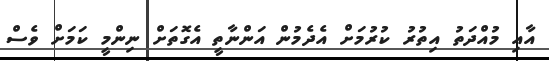
އާއި މުއްދަތު އިތުރު ކުރުމަށް އެދެމުން އަންނާތީ އެގޮތަށް ނިންމީ ކަމަށް ވެސް